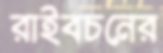
রাইবচনের